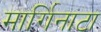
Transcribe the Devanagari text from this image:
मार्गिनाटा